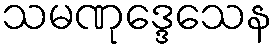
သမဏုဒ္ဒေသေန